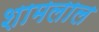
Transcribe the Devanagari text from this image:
शामलाल